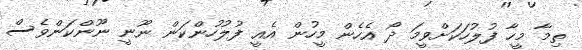
ތިމާ މީހާ ފުލުހަކަށްވީމަ ދޯ އެހެން މީހުން އެއީ ފުލުހުންކަން ނޫނީ ނޫންކަންވެސް